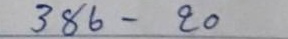
386 - 20